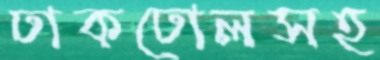
ঢাকঢোলসহ